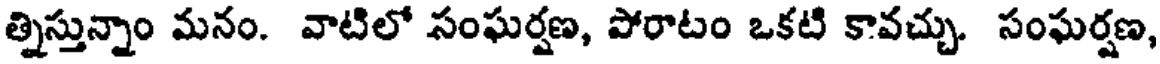
త్నిస్తున్నాం మనం. వాటిలో సంఘర్షణ, పోరాటం ఒకటి కావచ్చు. సంఘర్షణ,